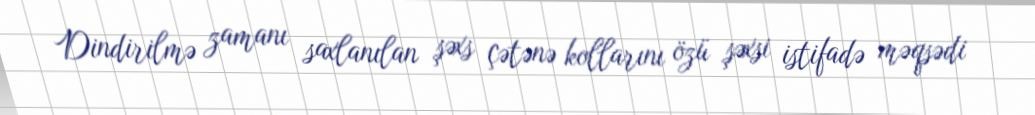
Dindirilmə zamanı saxlanılan şəxs çətənə kollarını özü şəxsi istifadə məqsədi